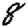
Digit: 8